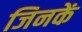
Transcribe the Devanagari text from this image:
जिनकें